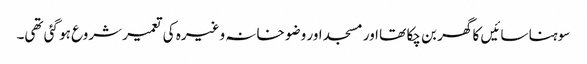
سوہنا سائیں کا گھر بن چکا تھا اور مسجد اور وضو خانہ وغیرہ کی تعمیر شروع ہو گئی تھی۔